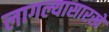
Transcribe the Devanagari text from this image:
लागल्यासारखे